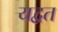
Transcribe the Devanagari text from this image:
यद्वत